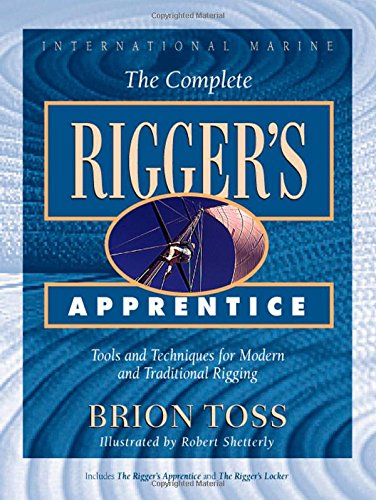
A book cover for The Complete Rigger's Apprentice: Tools and Techniques for Modern and Traditional Rigging; Brion Toss; Engineering & Transportation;